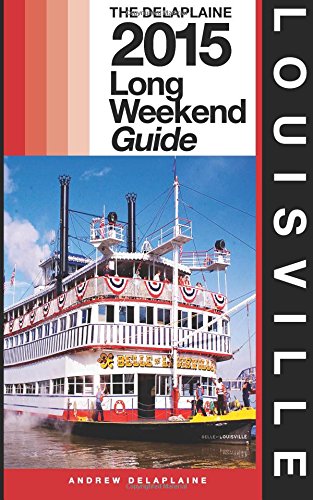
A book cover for Louisville - The Delaplaine 2015 Long Weekend Guide (Long Weekend Guides); Andrew Delaplaine; Travel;